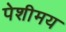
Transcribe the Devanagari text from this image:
पेशीमय